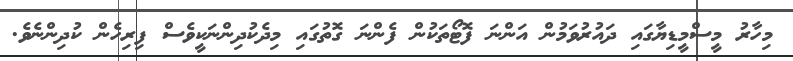
މިހާރު މީސްމީޑިޔާގައި ދައުރުވަމުން އަންނަ ފޮޓޯތަކުން ފެންނަ ގޮތުގައި މިދެކުދިންނަކީވެސް ފިރިހެން ކުދިންނެވެ.